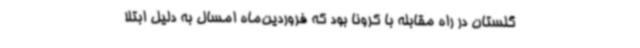
گلستان در راه مقابله با کرونا بود که فروردین‌ماه امسال به دلیل ابتلا